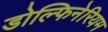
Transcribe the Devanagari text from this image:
डोल्फिनेरियम